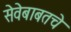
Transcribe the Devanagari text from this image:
सेवेबाबतचे